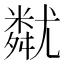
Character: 𡰚